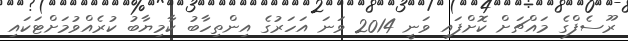
ރޫސެފްގެ މައްޗަށް ކޮށްފައި ވަނީ 2014 ވަނަ އަހަރުގެ އިންތިހާބު ކާމިޔާބު ކުރެއްވުމަށްޓަކައި